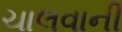
ચાલવાની